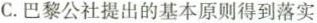
C.巴黎公社提出的基本原则得到落实